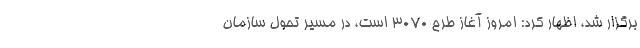
برگزار شد، اظهار کرد: امروز آغاز طرح ۳۰۷۰ است، در مسیر تحول سازمان